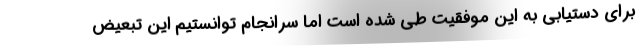
برای دستیابی به این موفقیت طی شده است اما سرانجام توانستیم این تبعیض